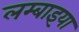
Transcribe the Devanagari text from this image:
लम्बाइया